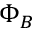
\Phi _ { B }